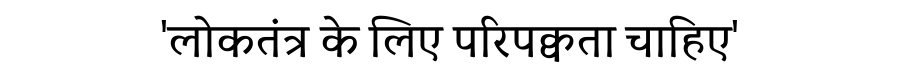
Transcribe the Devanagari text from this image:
'लोकतंत्र के लिए परिपक्वता चाहिए'